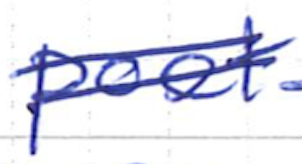
Text: poet
Cross-out: double-line
Writing tool: ballpoint